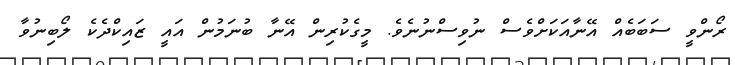
ރޯންވީ ސަބަބެއް އޭނާއަކަށްވެސް ނުވިސްނުނެވެ. މީގެކުރިން އޭނާ ބުނަމުން އައީ ޒައިކްދެކެ ލޯބިނުވާ